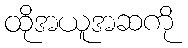
ထိုအယူအဆကို